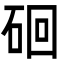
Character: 硘